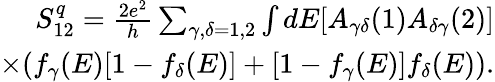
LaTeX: \begin{array}{r}{S_{12}^{q}=\frac{2e^{2}}{h}\sum_{\gamma,\delta=1,2}\int dE[A_{\gamma\delta}(1)A_{\delta\gamma}(2)]}\\ {\times(f_{\gamma}(E)[1-f_{\delta}(E)]+[1-f_{\gamma}(E)]f_{\delta}(E)).}\end{array}